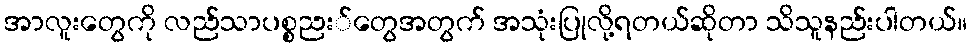
အာလူးတွေကို လည်သာပစ္စညး်တွေအတွက် အသုံးပြုလို့ရတယ်ဆိုတာ သိသူနည်းပါတယ်။